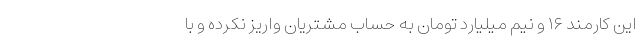
این کارمند ۱۶ و نیم میلیارد تومان به حساب مشتریان واریز نکرده و با